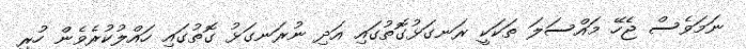
ނަމަވެސް ޖެހޭ މައްސަލަ ތަކަކީ ރަނގަޅުގޮތުގައި އަދި ނުރަނގަޅު ގޮތުގައި ހައްލުކުރެވެން ހުރި